Lock hospitals Punjab
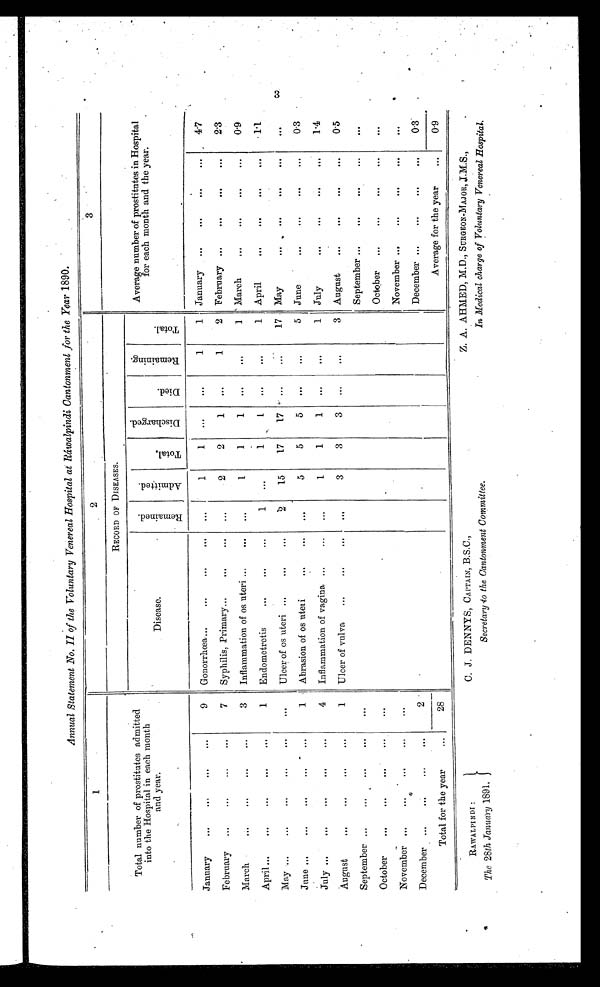
Annual Statement No. II of the Voluntary Venereal Hospital at Ráwalpindi Cantonment for the Year 1890.
1
2
3
Total number of prostitutes admitted
into the Hospital in each month
and year.
RECORD OF DISEASES.
Average number of prostitutes in Hospital
for each month and the year.
Disease.
R e m a i n e d .
A d m i t t e d .
T o t a l .
D i s c h a r g e d .
D i e d .
R e m a i n i n g .
T o t a l .
January
9
Gonorrhœa
. . .
1
1
. . .
. . .
1
1 January
4.7
February
7
Syphilis, Primary
. . .
2
2
1
...
1
2 February
2.3
March
3
Inflammation of os uteri
. . .
1
1
1
...
...
1
March
0.9
A p ril
1
Endometretis
1
. . .
1
1
...
. . .
1
April
1.1
May
...
Ulcer of os uteri
2
15
17
17
...
. . .
17 May
...
June
1
Abrasion of os uteri
. . .
5
5
5
. . .
. . .
5 June
0.3
July
4
Inflammation of vagina
...
1
1
1
. . .
. . .
1
July
1.4
August
1
Ulcer of vulva
. . .
3
3
3
. . .
. . .
3 August
0.5
S eptember
...
September
. . .
O ctober
. . .
October
. . .
November
...
November
. . .
December
2
December
0.3
Total for the year
...
28
Average for the year
. . .
0.9
C. J. DENNYS, CAPTAIN, B.S.C.,
Z. A. AHMED, M.D., SURGEON-MAJOR,J.M.S.,
RAWAL PIN DI :
The 28th January 1891.
Secretary to the Cantonment Committee.
In Medical charge of Voluntary Venereal Hospital.